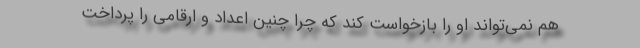
هم نمی‌تواند او را بازخواست کند که چرا چنین اعداد و ارقامی را پرداخت